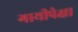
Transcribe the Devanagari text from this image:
गायीपेक्षा